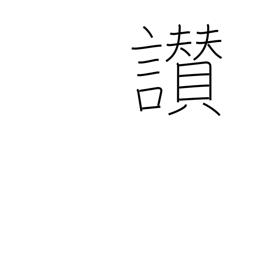
Meaning: praise